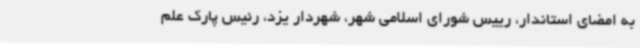
به امضای استاندار، رییس شورای اسلامی شهر، شهردار یزد، رئیس پارک علم